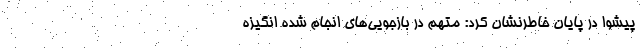
پیشوا در پایان خاطرنشان کرد: متهم در بازجویی‌های انجام شده انگیزه